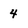
Character: 4